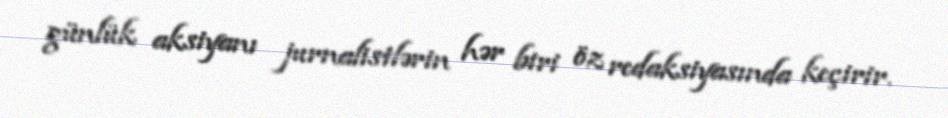
günlük aksiyanı jurnalistlərin hər biri öz redaksiyasında keçirir.